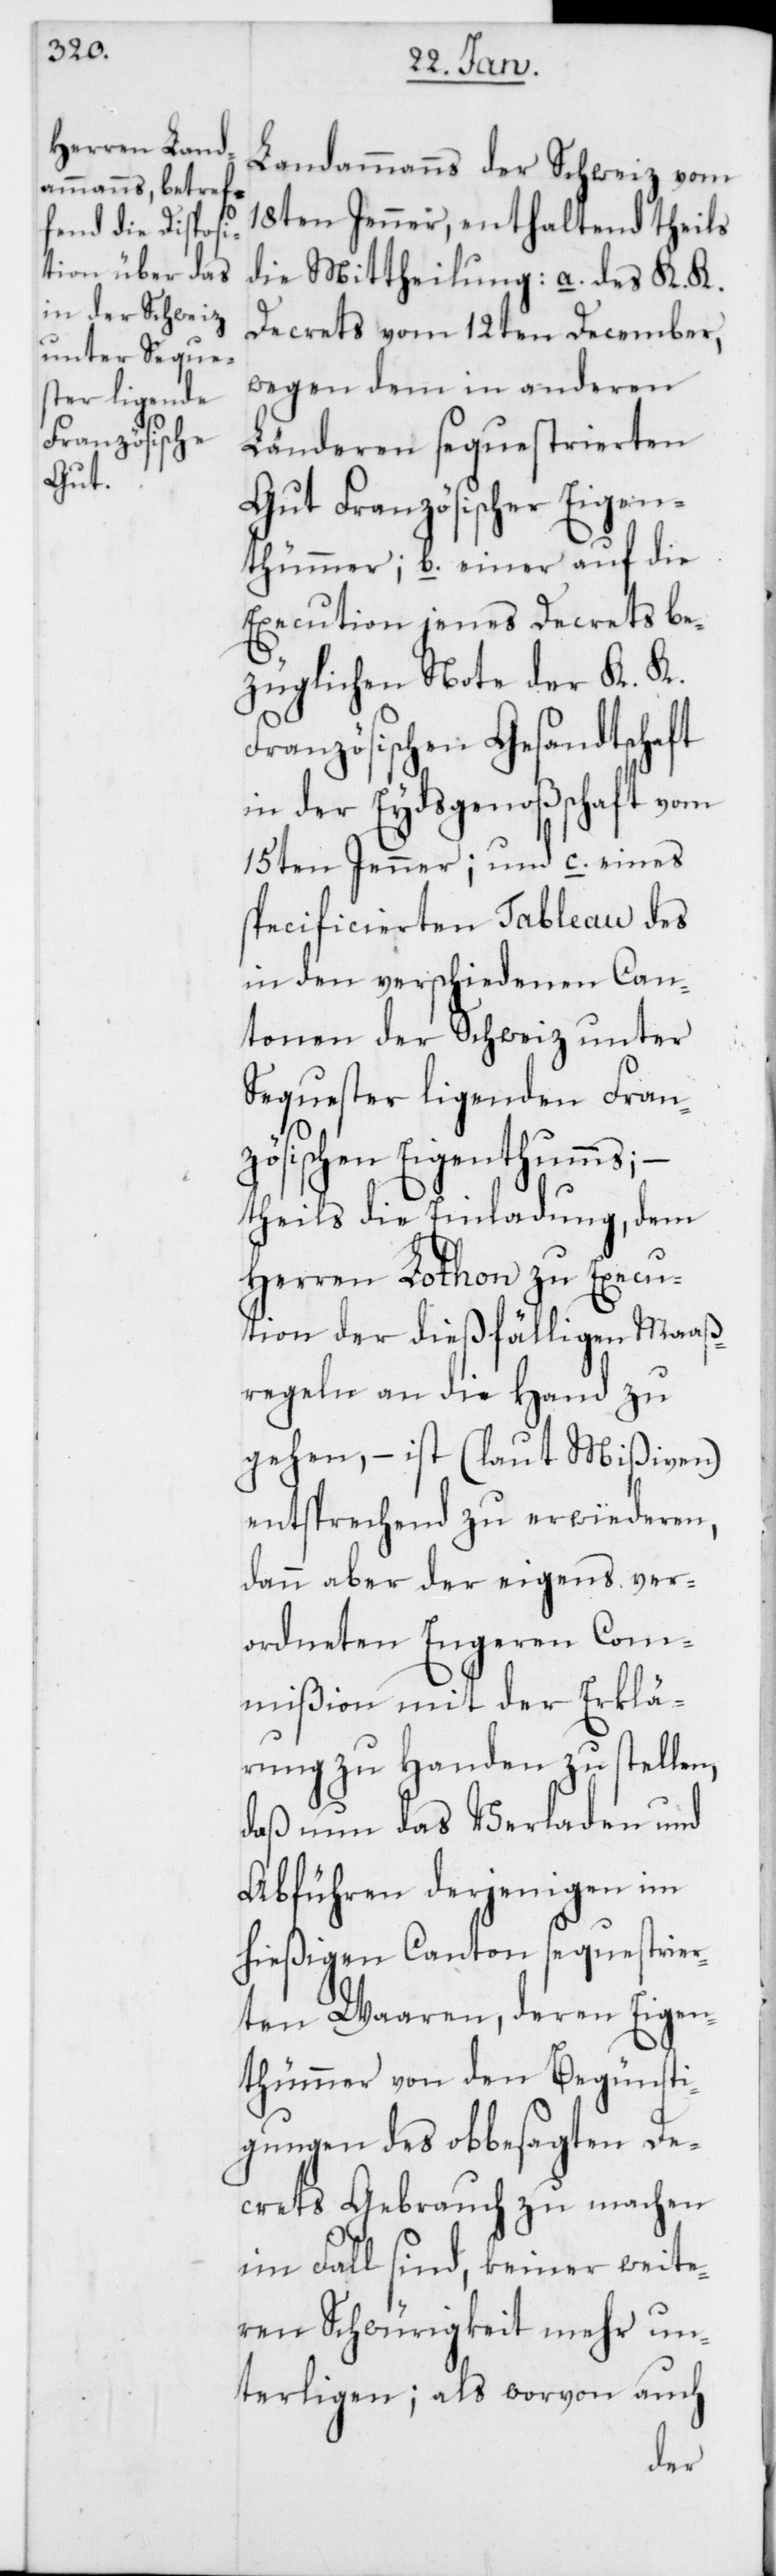
Landammanns der Schweiz vom
18ten Jenner, enthaltend theils
die Mittheilung: a. des K. K.
Decrets vom 12ten December,
wegen dem in anderen
Länderen sequestrierten
Gut Französischer Eigen¬
thümer; b. einer auf die
Execution jenes Decrets be¬
züglichen Note der K. K.
Französischen Gesandtschaft
in der Eydsgenoßenschaft vom
15ten Jenner; und c. eines
specificierten Tableau des
in den verschiedenen Can¬
tonen der Schweiz unter
Sequester ligenden Fran¬
zösischen Eigenthums;
theils die Einladung, dem
Herren Lothon zu Execu¬
tion der dießfälligen Maaß¬
regeln an die Hand zu
gehen, – ist (laut Mißiven)
entsprechend zu erwiederen,
dann aber der eigens ver¬
ordneten Engeren Com¬
mißion mit der Erklä¬
rung zu Handen zu stellen,
daß nun das Verladen und
Abführen derjenigen im
hießigen Canton sequestrier¬
ten Waaren, deren Eigen¬
tümer von den Begünsti¬
gungen des obbesagten De¬
crets Gebrauch zu machen
im Fall sind, keiner weite¬
ren Schwürigkeit mehr un¬
terliegen; als worvon auch